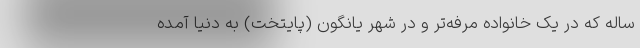
ساله که در یک خانواده مرفه‌تر و در شهر یانگون (پایتخت) به دنیا آمده